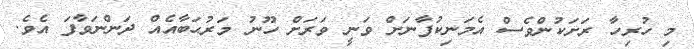
މި ހުރިހާ ރަށަކުންވެސް އެމަނިކުފާނަށް ވަނީ ވަރަށް ހޫނު މަރުޙަބާއެއް ދަންނަވާފަ އެވެ.